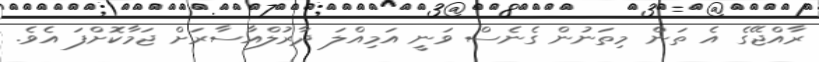
ރާއްޖޭގެ އެ ތަން މިތަނުން ގެނެސް ވަނީ އަމިއްލަ ދާރުލްއާސާރަށް ޖަމާކޮށްފަ އެވެ.